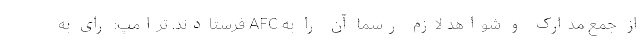
از جمع مدارک و شواهد لازم رسما آن را به AFC فرستادند. ترامپ: رای به